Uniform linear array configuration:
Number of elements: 12
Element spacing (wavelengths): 0.25
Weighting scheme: kaiser
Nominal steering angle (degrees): -60
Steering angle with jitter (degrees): -61.53
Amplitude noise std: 0.05
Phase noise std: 0.05

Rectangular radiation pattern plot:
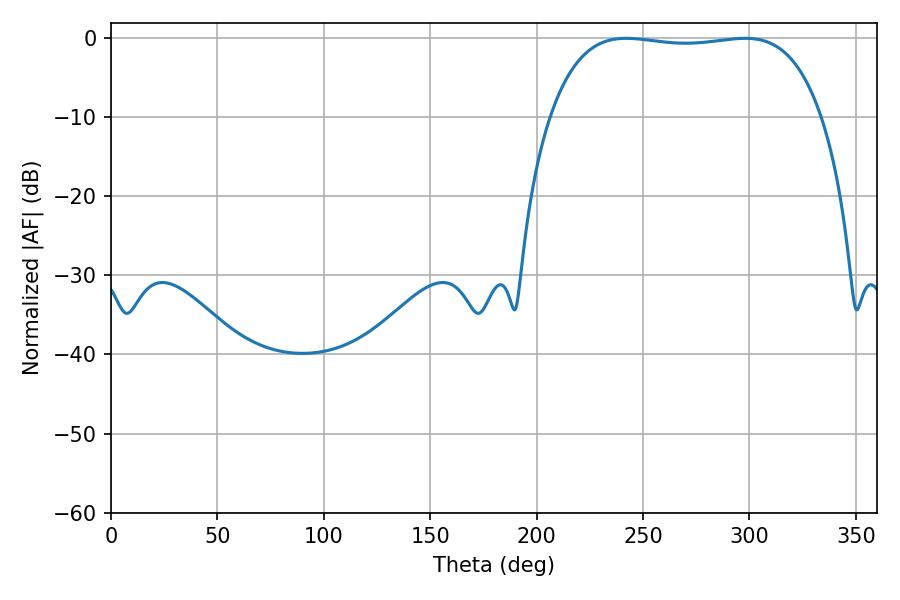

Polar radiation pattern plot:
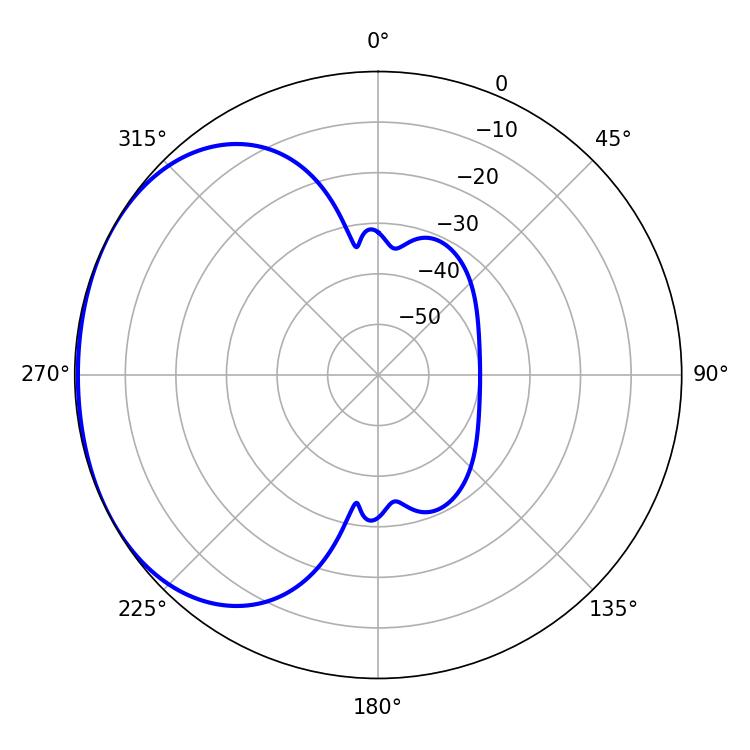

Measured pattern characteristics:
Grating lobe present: FALSE
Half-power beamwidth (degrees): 101.52
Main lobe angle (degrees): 242.1